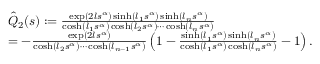
\begin{array} { r l } & { \hat { Q } _ { 2 } ( s ) : = \frac { \exp ( 2 l s ^ { \alpha } ) \sinh ( l _ { 1 } s ^ { \alpha } ) \sinh ( l _ { n } s ^ { \alpha } ) } { \cosh ( l _ { 1 } s ^ { \alpha } ) \cosh ( l _ { 2 } s ^ { \alpha } ) \cdots \cosh ( l _ { n } s ^ { \alpha } ) } } \\ & { = - \frac { \exp ( 2 l s ^ { \alpha } ) } { \cosh ( l _ { 2 } s ^ { \alpha } ) \cdots \cosh ( l _ { n - 1 } s ^ { \alpha } ) } \left( 1 - \frac { \sinh ( l _ { 1 } s ^ { \alpha } ) \sinh ( l _ { n } s ^ { \alpha } ) } { \cosh ( l _ { 1 } s ^ { \alpha } ) \cosh ( l _ { n } s ^ { \alpha } ) } - 1 \right) . } \end{array}